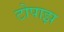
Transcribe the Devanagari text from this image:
टोपाझ